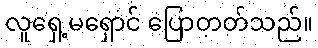
လူရှေ့မရှောင် ပြောတတ်သည်။